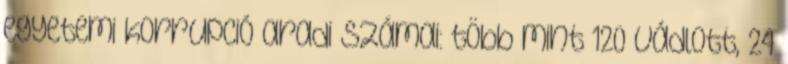
egyetemi korrupció aradi számai: több mint 120 vádlott, 24